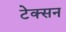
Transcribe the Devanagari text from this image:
टेक्सन